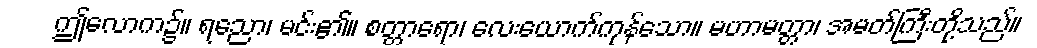
ဤလောက၌။ ရညော၊ မင်း၏။ စတ္တာရော၊ လေးယောက်ကုန်သော။ မဟာမတ္တာ၊ အမတ်ကြီးတို့သည်။